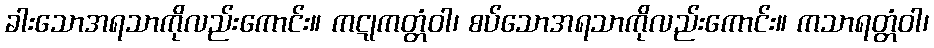
ခါးသောအရသာကိုလည်းကောင်း။ ကဋုကတ္တံဝါ၊ စပ်သောအရသာကိုလည်းကောင်း။ ကသာရတ္တံဝါ၊